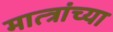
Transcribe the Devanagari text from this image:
मात्त्रांच्या